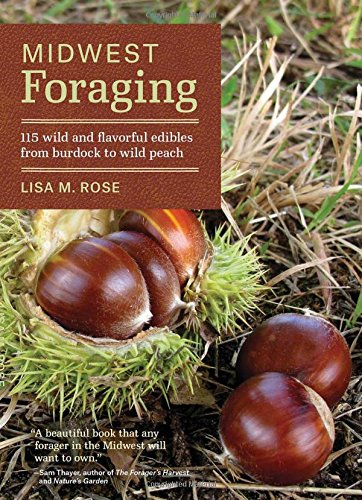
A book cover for Midwest Foraging: 115 Wild and Flavorful Edibles from Burdock to Wild Peach; Lisa M. Rose; Science & Math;